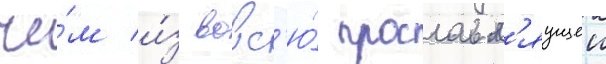
че́м и́з вовс'ю́ прославл'яущеи